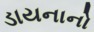
ડાયનાનો